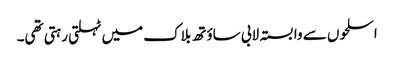
اسلحوں سے وابستہ لابی ساؤتھ بلاک میں ٹہلتی رہتی تھی۔